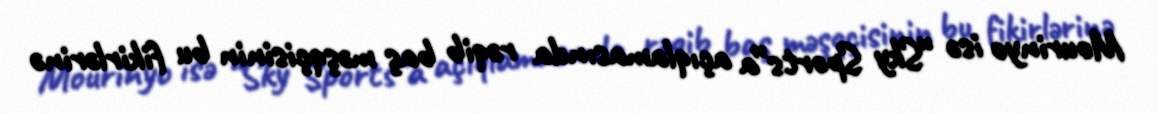
Mourinyo isə “Sky Sports”a açıqlamasında rəqib baş məşqçisinin bu fikirlərinə